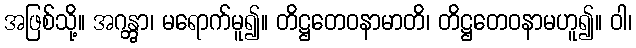
အဖြစ်သို့။ အဂန္တွာ၊ မရောက်မူ၍။ တိဋ္ဌတေဝနာမာတိ၊ တိဋ္ဌတေဝနာမဟူ၍။ ဝါ၊